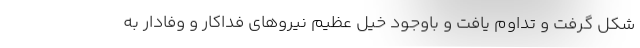
شكل گرفت و تداوم يافت و باوجود خيل عظيم نيروهاى فداكار و وفادار به